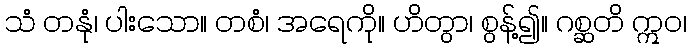
သံ တနုံ၊ ပါးသော။ တစံ၊ အရေကို။ ဟိတွာ၊ စွန့်၍။ ဂစ္ဆတိ ဣဝ၊